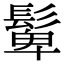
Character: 𩭧